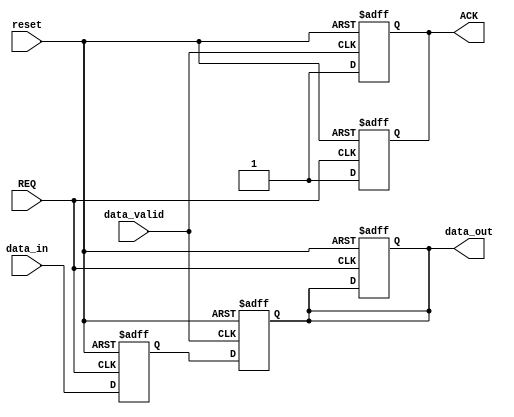
module memory_block (
    input wire REQ,          // Request signal from controller
    input wire [7:0] data_in, // Data input from controller
    output reg ACK,         // Acknowledge signal to controller
    output reg [7:0] data_out, // Data output to controller
    input wire reset,       // Reset signal
    input wire data_valid   // Signal to indicate data is valid for read
);
    reg [7:0] mem;          // Simple memory register

    always @(posedge REQ or posedge reset) begin
        if (reset) begin
            ACK <= 0;
            mem <= 8'b0;
            data_out <= 8'b0;
        end else begin
            if (REQ) begin
                // Write operation
                mem <= data_in; // Store the data
                ACK <= 1;       // Acknowledge the write
            end
        end
    end

    always @(posedge data_valid or posedge reset) begin
        if (reset) begin
            data_out <= 8'b0;
            ACK <= 0;
        end else if (data_valid) begin
            // Read operation
            data_out <= mem; // Send the data back
            ACK <= 1;        // Acknowledge the read
        end else begin
            ACK <= 0; // Deassert ACK when not valid
        end
    end
endmodule